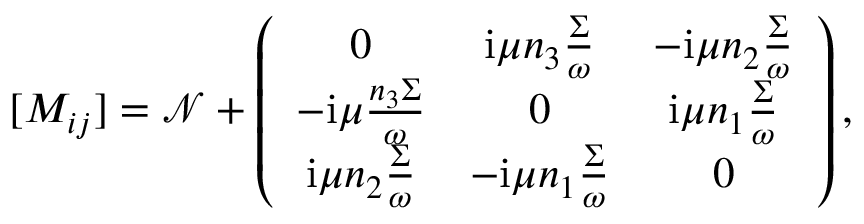
[ M _ { i j } ] = \mathcal { N } + \left( \begin{array} { c c c } { 0 } & { \mathrm { i } \mu n _ { 3 } \frac { \Sigma } { \omega } } & { - \mathrm { i } \mu n _ { 2 } \frac { \Sigma } { \omega } } \\ { - \mathrm { i } \mu \frac { n _ { 3 } \Sigma } { \omega } } & { 0 } & { \mathrm { i } \mu n _ { 1 } \frac { \Sigma } { \omega } } \\ { \mathrm { i } \mu n _ { 2 } \frac { \Sigma } { \omega } } & { - \mathrm { i } \mu n _ { 1 } \frac { \Sigma } { \omega } } & { 0 } \end{array} \right) ,